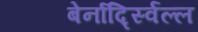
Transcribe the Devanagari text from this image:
बेर्नार्द्स्विल्ल